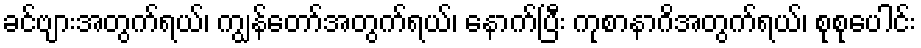
ခင်ဗျားအတွက်ရယ်၊ ကျွန်တော်အတွက်ရယ်၊ နောက်ပြီး ကုစာနာဂိအတွက်ရယ်၊ စုစုပေါင်း